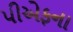
પીએફના